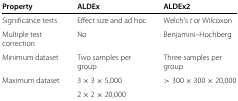
<table><thead><tr><td><b>Property</b></td><td><b>ALDEx</b></td><td><b>ALDEx2</b></td></tr></thead><tbody><tr><td>Significance tests</td><td>Effect size and ad hoc</td><td>Welch’s <i>t</i> or Wilcoxon</td></tr><tr><td>Multiple test</td><td>No</td><td>Benjamini–Hochberg</td></tr><tr><td>correction</td><td> </td><td> </td></tr><tr><td>Minimum dataset</td><td>Two samples per</td><td>Three samples per</td></tr><tr><td> </td><td>group</td><td>group</td></tr><tr><td>Maximum dataset</td><td>3×3×5, 000</td><td>&gt;300×300×20, 000</td></tr><tr><td> </td><td>2×2×20, 000</td><td> </td></tr></tbody></table>